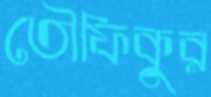
তৌফিকুর